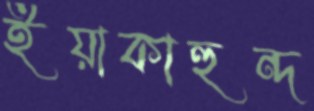
ইয়াকাহুন্দ